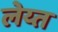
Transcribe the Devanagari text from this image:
लेय्त